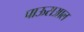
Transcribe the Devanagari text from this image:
पाऊसआल